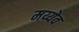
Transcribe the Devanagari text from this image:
मय्येव